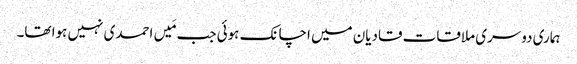
ہماری دوسری ملاقات قادیان میں اچانک ہوئی جب مَیں احمدی نہیں ہوا تھا۔